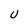
Character: U